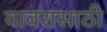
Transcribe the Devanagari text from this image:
वावरासाठी